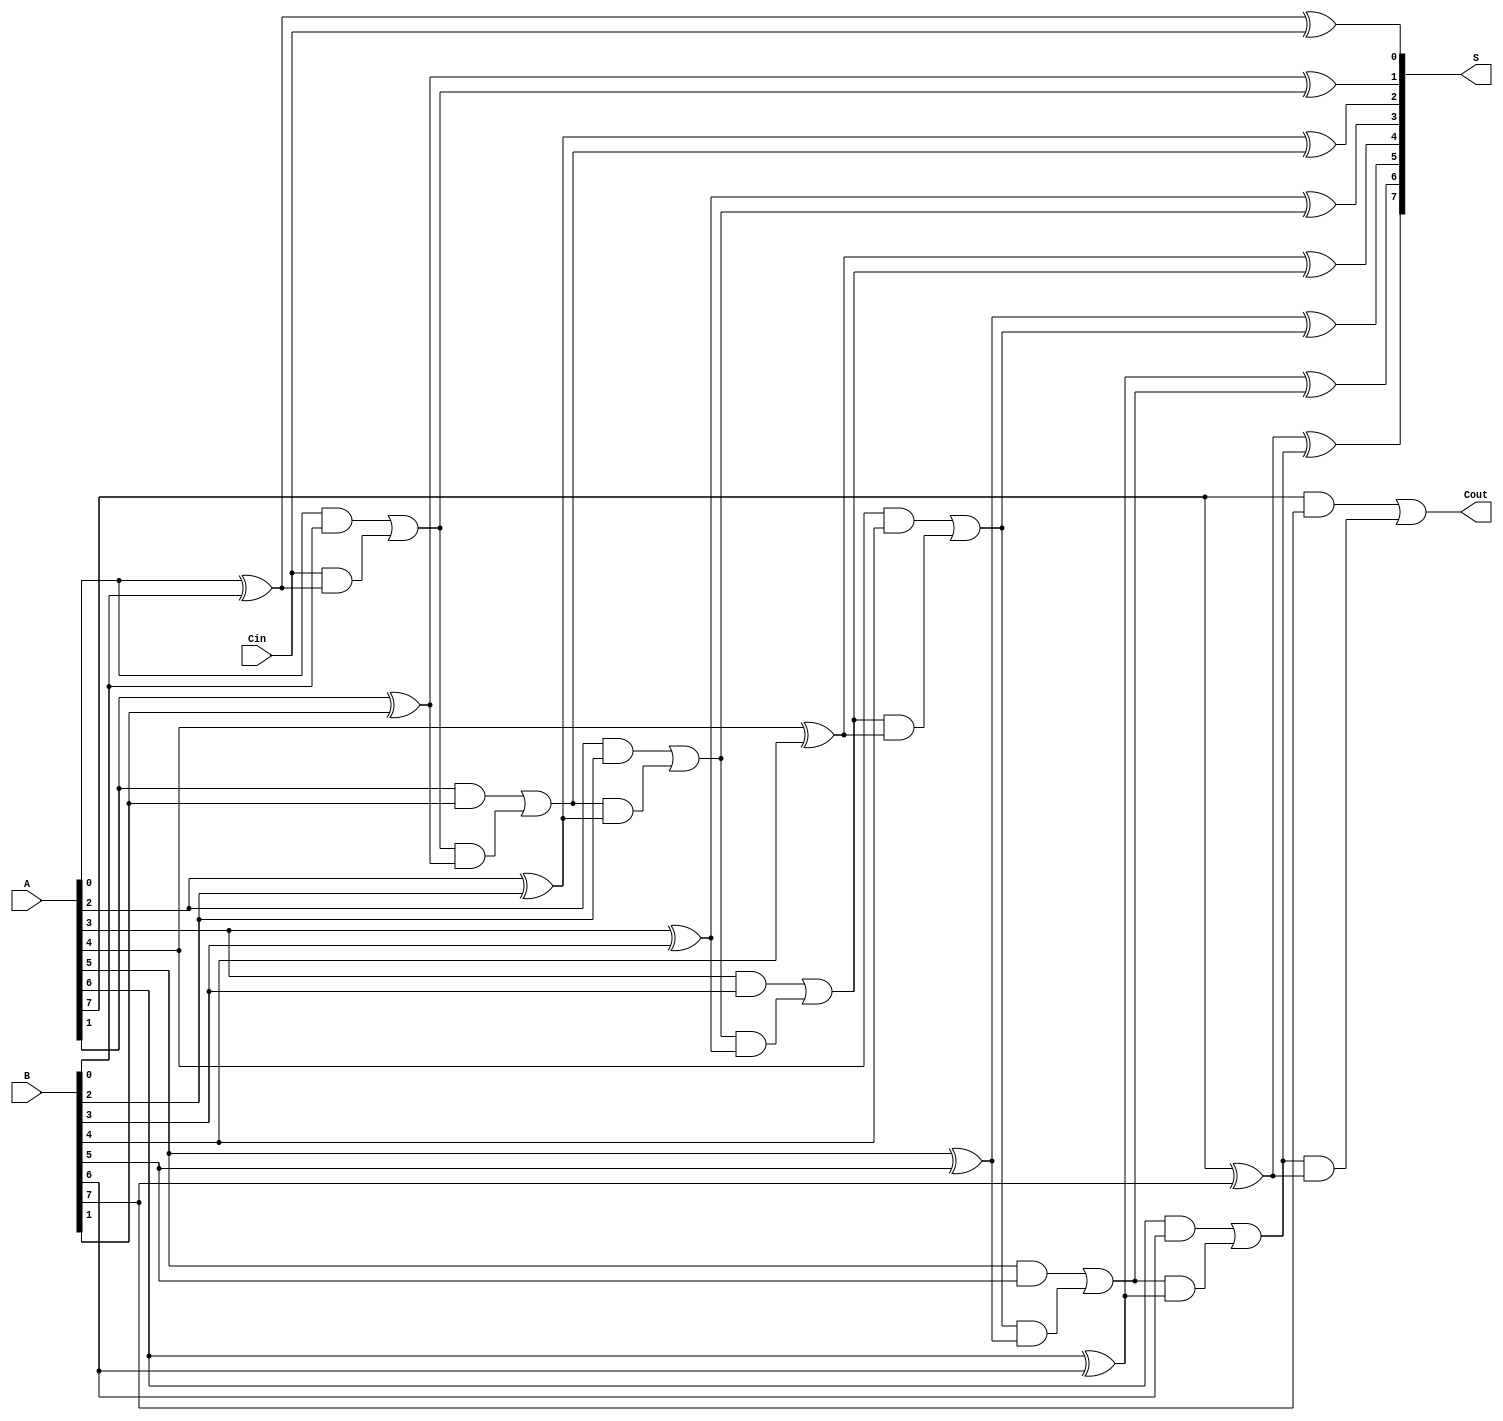
module ling_adder #(parameter N = 8) (
    input  wire [N-1:0] A,   // First n-bit binary number
    input  wire [N-1:0] B,   // Second n-bit binary number
    input  wire Cin,          // Carry-in
    output wire [N-1:0] S,    // n-bit sum output
    output wire Cout          // Carry-out
);

    wire [N:0] C;  // Carry generation, C[0] is the carry-in
    
    // Assign the initial carry-in
    assign C[0] = Cin;
    
    genvar i;
    generate
        for (i = 0; i < N; i = i + 1) begin : adder_stage
            // Carry generation logic
            assign C[i+1] = (A[i] & B[i]) | (C[i] & (A[i] ^ B[i]));
            // Sum calculation logic
            assign S[i] = A[i] ^ B[i] ^ C[i];
        end
    endgenerate

    // Final carry-out
    assign Cout = C[N];

endmodule